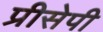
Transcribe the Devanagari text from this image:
प्रीसेपी